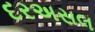
દરઅસલ